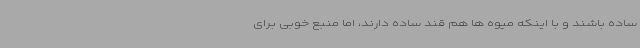
ساده باشند و با اینکه میوه ها هم قند ساده دارند، اما منبع خوبی برای